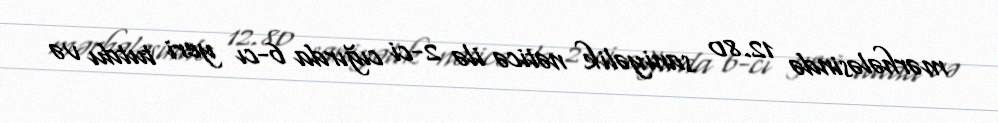
mərhələsində 12.80 saniyəlik nəticə ilə 2-ci cığırda 6-cı yeri tutdu və